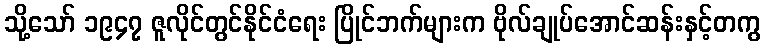
သို့သော် ၁၉၄၇ ဇူလိုင်တွင်နိုင်ငံရေး ပြိုင်ဘက်များက ဗိုလ်ချုပ်အောင်ဆန်းနှင့်တကွ